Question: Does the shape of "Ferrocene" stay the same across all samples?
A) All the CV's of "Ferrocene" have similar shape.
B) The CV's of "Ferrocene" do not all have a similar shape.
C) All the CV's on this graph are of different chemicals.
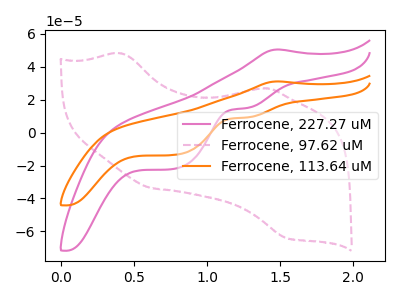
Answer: <think>The pink curve "Ferrocene, 227.27 uM" has an anodic peak at (1.50V, 50.55uA) and cathodic peaks at (1.25V, 14.95uA) (0.80V, -21.95uA). The pink dashed curve "Ferrocene, 97.62 uM" has anodic peaks at (0.40V, 48.10uA) (1.40V, 26.85uA) and cathodic peaks at (0.60V, -33.65uA) (1.55V, -64.05uA). The orange curve "Ferrocene, 113.64 uM" has an anodic peak at (1.50V, 31.15uA) and cathodic peaks at (1.25V, 9.20uA) (0.80V, -13.50uA).
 "Ferrocene, 227.27 uM" and "Ferrocene, 97.62 uM" have a different number of peaks. All the peaks in "Ferrocene, 227.27 uM" have a peak in "Ferrocene, 113.64 uM" at the same potential. "Ferrocene, 97.62 uM" and "Ferrocene, 113.64 uM" have a different number of peaks.</think>
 <answer>A) All the CV's of "Ferrocene" have similar shape.</answer>
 <eval>A</eval>